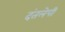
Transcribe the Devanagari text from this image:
दंतलेपी